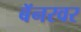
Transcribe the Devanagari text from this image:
बॅनरवर